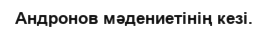
Андронов мәдениетінің кезі.